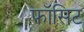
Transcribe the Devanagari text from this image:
फॉसिट